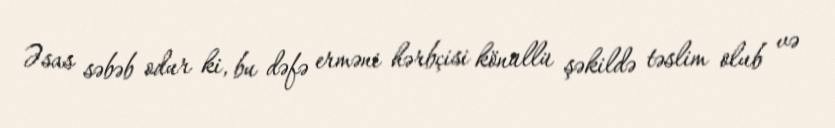
Əsas səbəb odur ki, bu dəfə erməni hərbçisi könüllü şəkildə təslim olub və